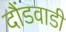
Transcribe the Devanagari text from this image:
दौंडवाडी